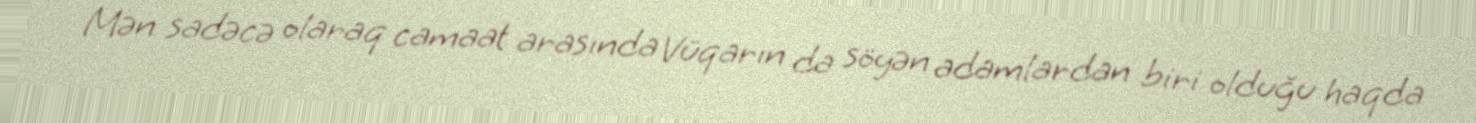
Mən sadəcə olaraq camaat arasında Vüqarın da söyən adamlardan biri olduğu haqda